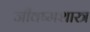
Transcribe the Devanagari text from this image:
जीवष्मशास्त्र